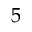
5